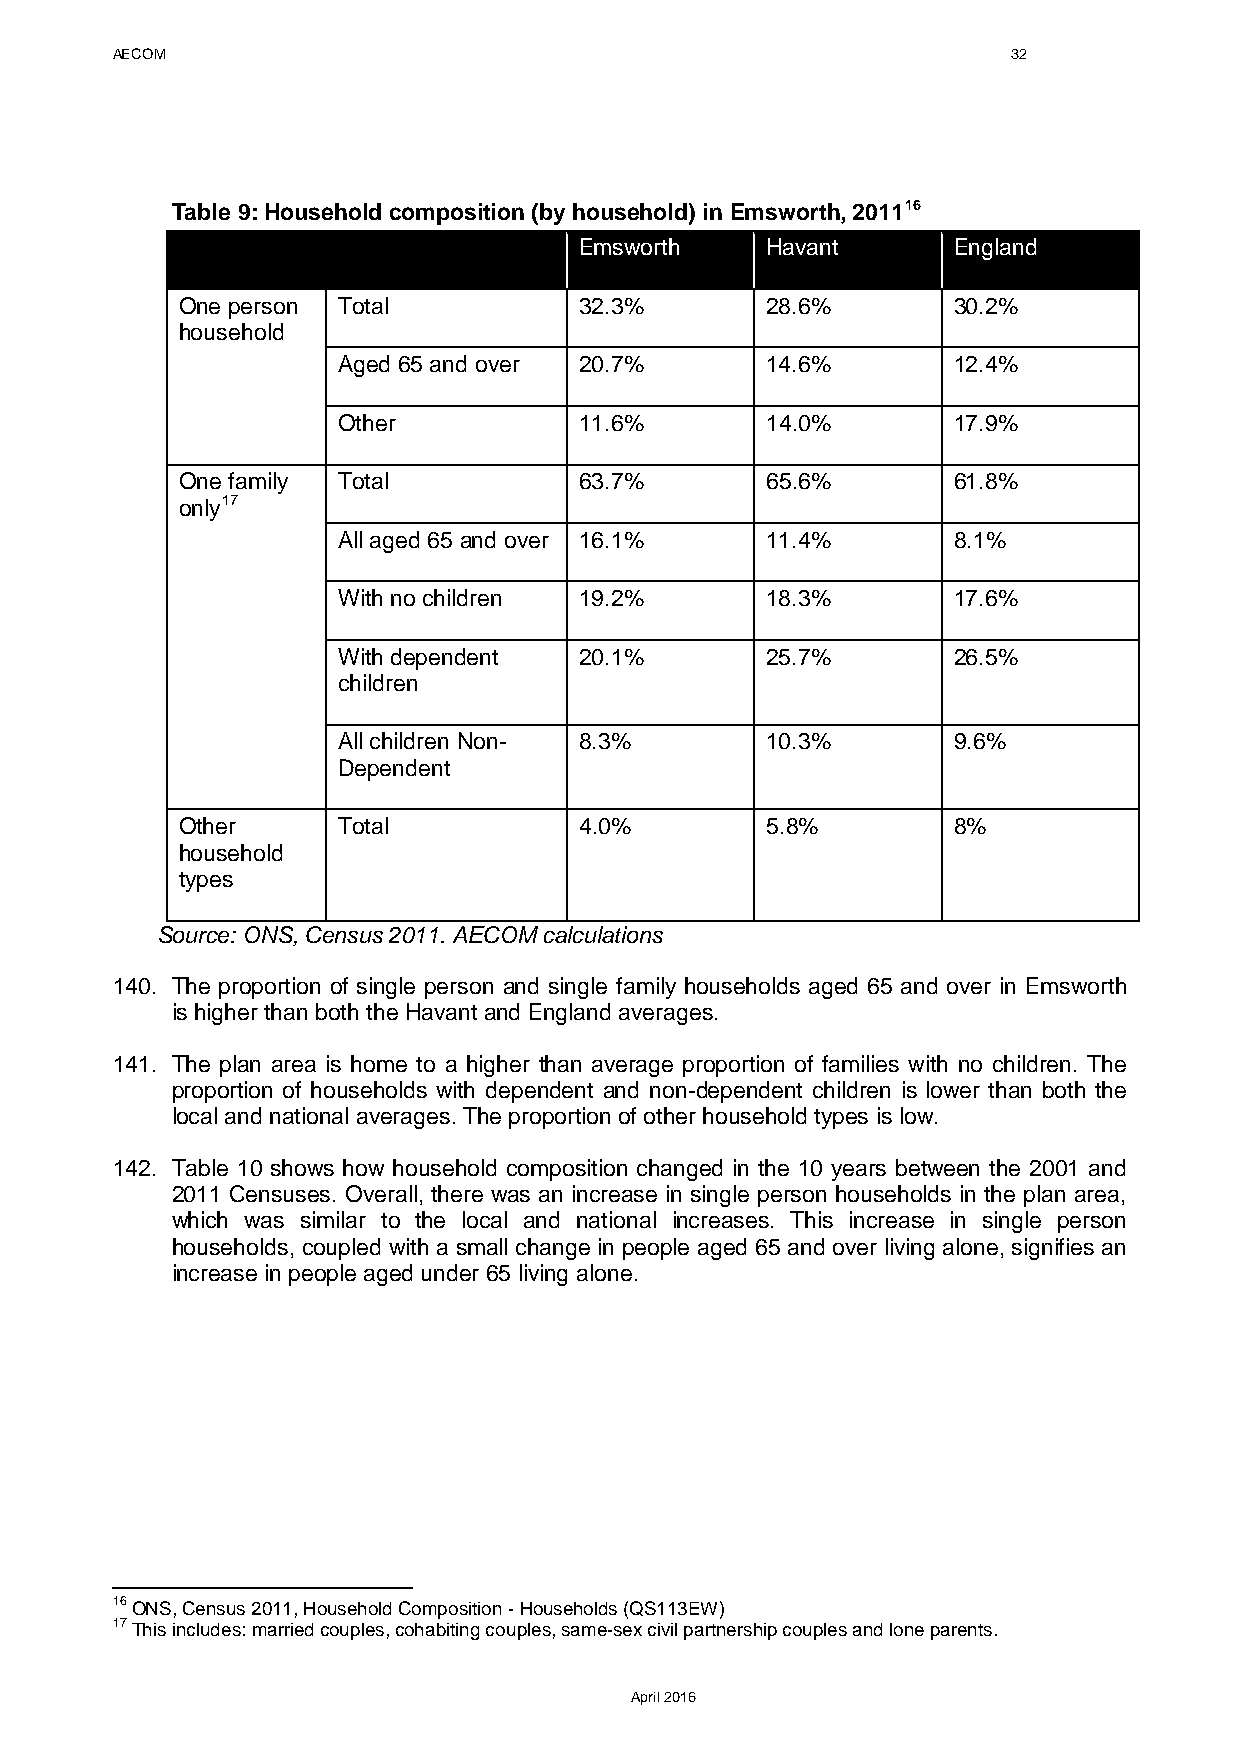
AECOM                                                       32
 Table 9: Household composition (by household) in Emsworth, 201116
 Emsworth     Havant      England
 One person Total          32.3%        28.6%       30.2%
 household
 Aged 65 and over 20.7%       14.6%       12.4%
 Other           11.6%        14.0%       17.9%
 One family Total          63.7%        65.6%       61.8%
 only17
 All aged 65 and over 16.1%   11.4%       8.1%
 With no children 19.2%       18.3%       17.6%
 With dependent  20.1%        25.7%       26.5%
 children
 All children Non- 8.3%       10.3%       9.6%
 Dependent
 Other     Total           4.0%         5.8%        8%
 household
 types
 Source: ONS, Census 2011. AECOM calculations
 140. The proportion of single person and single family households aged 65 and over in Emsworth
 is higher than both the Havant and England averages.
 141. The plan area is home to a higher than average proportion of families with no children. The
 proportion of households with dependent and non-dependent children is lower than both the
 local and national averages. The proportion of other household types is low.
 142. Table 10 shows how household composition changed in the 10 years between the 2001 and
 2011 Censuses. Overall, there was an increase in single person households in the plan area,
 which was similar to the local and national increases. This increase in single person
 households, coupled with a small change in people aged 65 and over living alone, signifies an
 increase in people aged under 65 living alone.
 16 ONS, Census 2011, Household Composition - Households (QS113EW)
 17 This includes: married couples, cohabiting couples, same-sex civil partnership couples and lone parents.
 April 2016